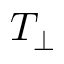
T _ { \perp }